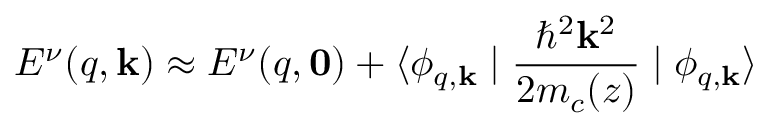
E ^ { \nu } ( q , \mathbf { k } ) \approx E ^ { \nu } ( q , \mathbf { 0 } ) + \langle \phi _ { q , \mathbf { k } } \mid { \frac { \hbar ^ { 2 } \mathbf { k } ^ { 2 } } { 2 m _ { c } ( z ) } } \mid \phi _ { q , \mathbf { k } } \rangle